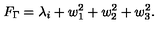
F _ { \Gamma } = \lambda _ { i } + w _ { 1 } ^ { 2 } + w _ { 2 } ^ { 2 } + w _ { 3 } ^ { 2 } .